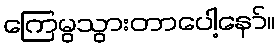
ကြေမွသွားတာပေါ့နော်။